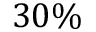
3 0 \%